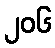
၂၀၆